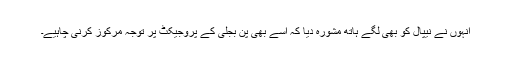
انہوں نے نیپال کو بھی لگے ہاتھ مشورہ دیا کہ اسے بھی پن بجلی کے پروجیکٹ پر توجہ مرکوز کرنی چاہیے۔